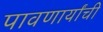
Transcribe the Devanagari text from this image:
पावणार्यांची